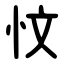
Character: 忟